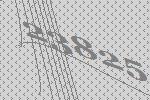
23825